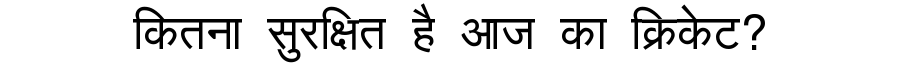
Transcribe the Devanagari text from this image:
कितना सुरक्षित है आज का क्रिकेट?